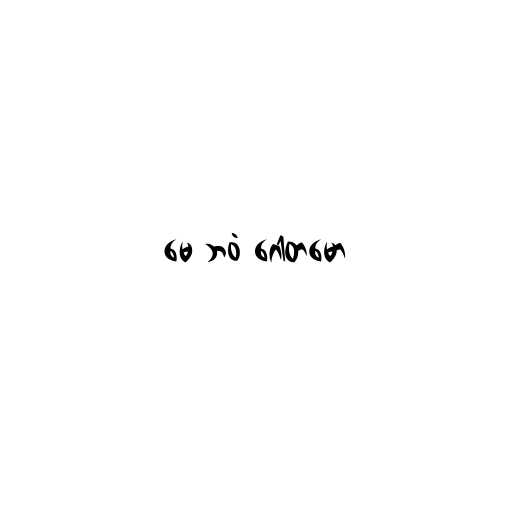
မေ ဘဝံ ဂေါတမော